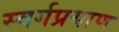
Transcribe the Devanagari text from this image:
स्वर्गप्रयाण